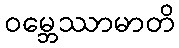
ဝမ္ဘေဿာမာတိ